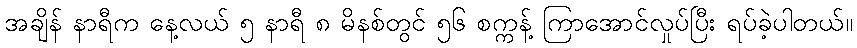
အချိန် နာရီက နေ့လယ် ၅ နာရီ ၈ မိနစ်တွင် ၅၆ စက္ကန့် ကြာအောင်လှုပ်ပြီး ရပ်ခဲ့ပါတယ်။